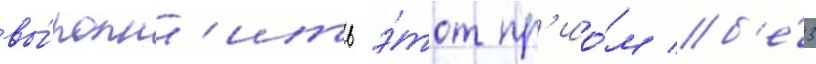
вы́полн'ить э́тот пр'ио́м б'е́з